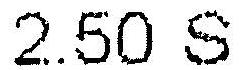
2.50 S